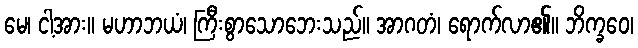
မေ၊ ငါ့အား။ မဟာဘယံ၊ ကြီးစွာသောဘေးသည်။ အာဂတံ၊ ရောက်လာ၏။ ဘိက္ခဝေ၊